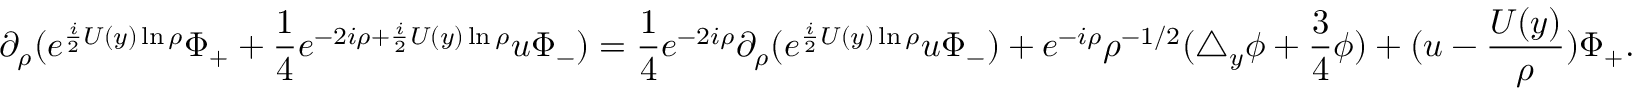
\partial _ { \rho } ( e ^ { \frac i 2 U ( y ) \ln \rho } \Phi _ { + } + \frac 1 4 e ^ { - 2 i \rho + \frac i 2 U ( y ) \ln \rho } u \Phi _ { - } ) = \frac 1 4 e ^ { - 2 i \rho } \partial _ { \rho } ( e ^ { \frac i 2 U ( y ) \ln \rho } u \Phi _ { - } ) + e ^ { - i \rho } \rho ^ { - 1 / 2 } ( \triangle _ { y } \phi + \frac 3 4 \phi ) + ( u - \frac { U ( y ) } \rho ) \Phi _ { + } .